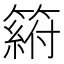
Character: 𥲛